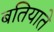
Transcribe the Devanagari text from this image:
बतियाते